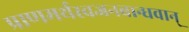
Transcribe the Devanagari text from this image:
प्राणमर्थस्वजनबान्धवान्